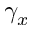
\gamma _ { x }